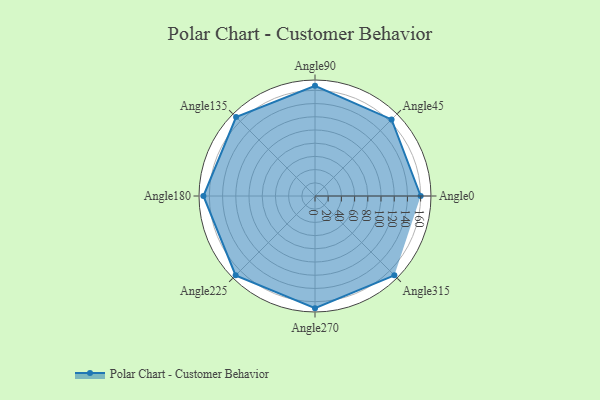
{"axis": {"x": "Angle", "y": "Radius"}, "legend": [""], "data": [{"x": "Angle0", "y": 160.0, "type": ""}, {"x": "Angle45", "y": 164.0, "type": ""}, {"x": "Angle90", "y": 167.0, "type": ""}, {"x": "Angle135", "y": 169.0, "type": ""}, {"x": "Angle180", "y": 169.0, "type": ""}, {"x": "Angle225", "y": 170, "type": ""}, {"x": "Angle270", "y": 170, "type": ""}, {"x": "Angle315", "y": 170, "type": ""}]}